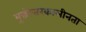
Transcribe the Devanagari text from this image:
बुद्धोत्तरकालीनता